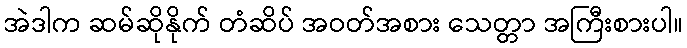
အဲဒါက ဆမ်ဆိုနိုက် တံဆိပ် အဝတ်အစား သေတ္တာ အကြီးစားပါ။